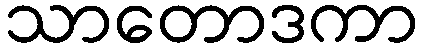
သာတောဒကာ